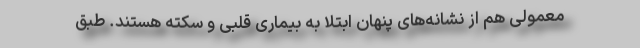
معمولی هم از نشانه‌های پنهان ابتلا به بیماری قلبی و سکته هستند. طبق